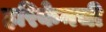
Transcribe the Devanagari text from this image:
हरिकेनची